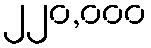
၂၂၀,၀၀၀